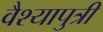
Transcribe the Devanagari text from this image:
वैश्यापुत्री